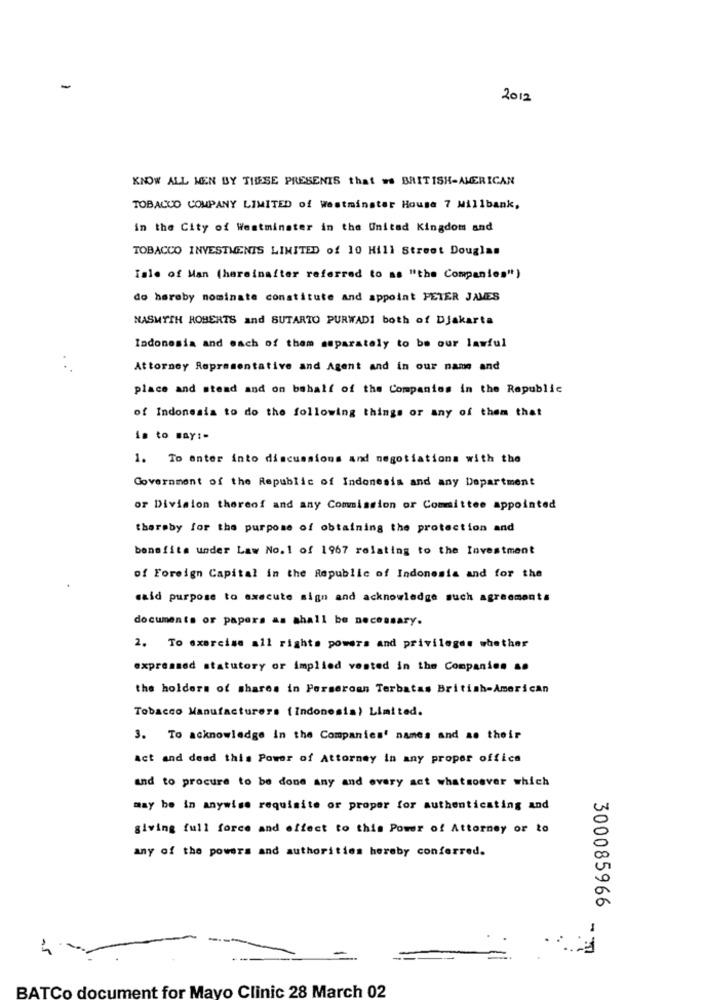
2012
KNOW ALL WEN BY THESE PRESENIS that =s BRITISH-AMERICAN
TOBACCO COMPANY LIMITED of Westminster House 7 Millbank,
in the City of Westminster in the United Kingdom and
TOBACCO INVESTMENTS LIMITED of 10 Hill Street Douglas
isle of Man (hereinafter referred to as "the Companies")
do hereby nominate constitute and appoint PETER JAMES
NASMYTH ROBERTS and SUTARTO PURWADI both of Djakarta
Indonesia and each of them asparately to be our lawful
Attorney Representative and Agent and in our name and
place and stead and on behalf of the Companies in the Republic
of Indonesia to do the following things or any of them that
is to say :-
1. To enter into discussions and negotiations with the
Government of the Republic of Indonesia and any Department
or Division thereof and any Commission or Committee appointed
thersby for the purpose of obtaining the protection and
benefits under Law No. 1 of 1967 relating to the Investment
of Foreign Capital in the Republic of Indonesia and for the
said purpose to execute sign and acknowledge such agreements
documents or papers as shall be necessary.
2. To exercise all rights powers and privileges whether
expressed statutory or implied vested in the Companies an
the holders of shares in Perseroan Terbatas British-American
Tobacco Manufacturers (indonesia) Limited.
3. To acknowledge in the Companies' names and ao their
act and dead this Power of Attorney in any proper office
and to procure to be done any and every act whatsoever which
may be in anywise requisite or proper for authenticating and
giving full force and effect to this Power of Attorney or to
any of the powers and authorities hereby conferred.
300085966
1
BATCo document for Mayo Clinic 28 March 02